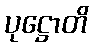
ပုဋ္ဌောတိ